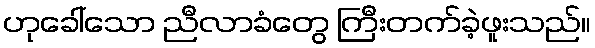
ဟုခေါ်သော ညီလာခံတွေ ကြီးတက်ခဲ့ဖူးသည်။